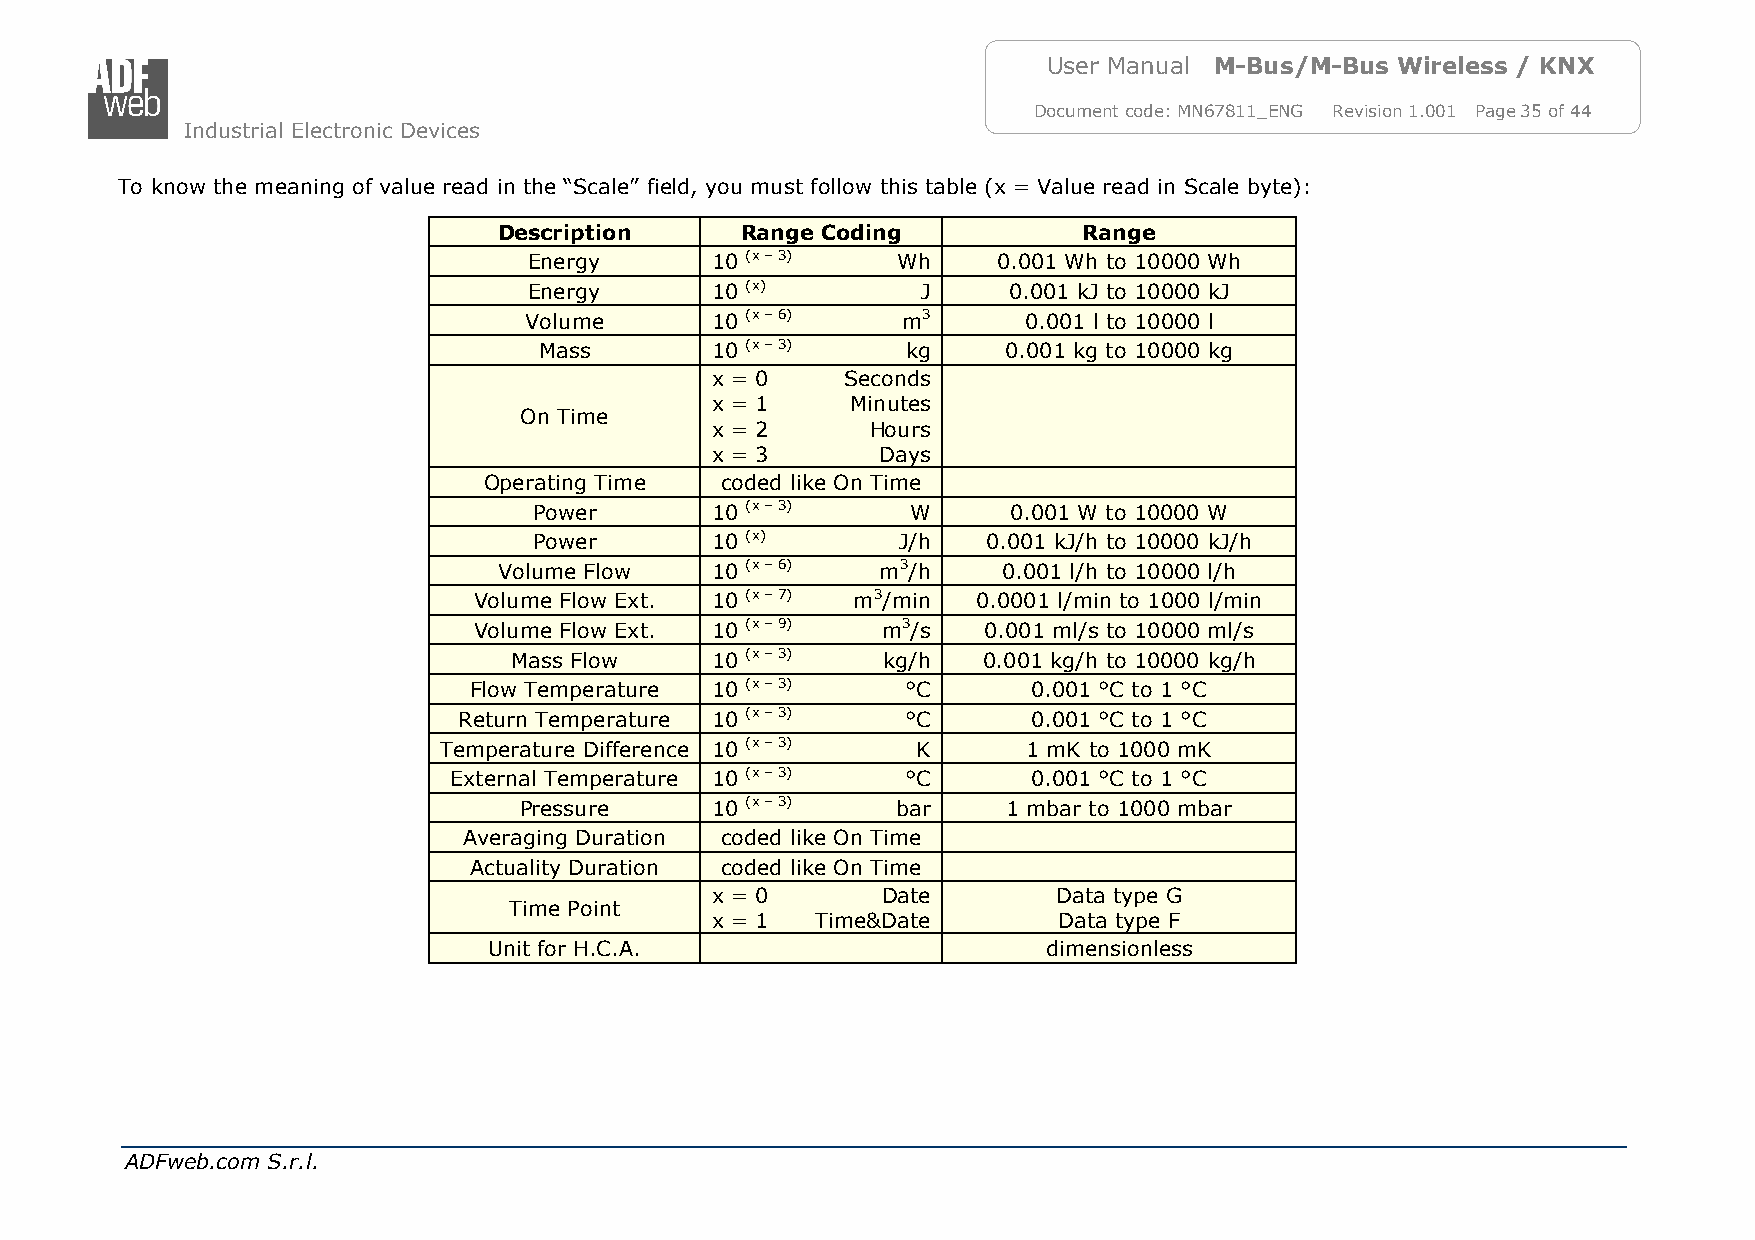
User Manual M-Bus/M-Bus Wireless / KNX
 Document code: MN67811_ENG Revision 1.001 Page 35 of 44
 Industrial Electronic Devices
 To know the meaning of value read in the “Scale” field, you must follow this table (x = Value read in Scale byte):
 Description     Range Coding           Range
 Energy      10 (x – 3)  Wh     0.001 Wh to 10000 Wh
 Energy      10 (x)        J     0.001 kJ to 10000 kJ
 Volume      10 (x – 6)   m3      0.001 l to 10000 l
 Mass       10 (x – 3)   kg     0.001 kg to 10000 kg
 x = 0    Seconds
 x = 1    Minutes
 On Time
 x = 2      Hours
 x = 3      Days
 Operating Time  coded like On Time
 Power       10 (x – 3)   W      0.001 W to 10000 W
 Power       10 (x)      J/h   0.001 kJ/h to 10000 kJ/h
 Volume Flow   10 (x – 6) m3/h    0.001 l/h to 10000 l/h
 Volume Flow Ext. 10 (x – 7) m3/min 0.0001 l/min to 1000 l/min
 Volume Flow Ext. 10 (x – 9) m3/s  0.001 ml/s to 10000 ml/s
 Mass Flow    10 (x – 3) kg/h   0.001 kg/h to 10000 kg/h
 Flow Temperature 10 (x – 3)  °C      0.001 °C to 1 °C
 Return Temperature 10 (x – 3) °C      0.001 °C to 1 °C
 Temperature Difference 10 (x – 3) K    1 mK to 1000 mK
 External Temperature 10 (x – 3) °C    0.001 °C to 1 °C
 Pressure     10 (x – 3)  bar     1 mbar to 1000 mbar
 Averaging Duration coded like On Time
 Actuality Duration coded like On Time
 x = 0      Date        Data type G
 Time Point
 x = 1  Time&Date       Data type F
 Unit for H.C.A.                      dimensionless
 ADFweb.com S.r.l.